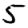
Digit: 5